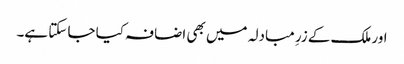
اور ملک کے زرِ مبادلہ میں بھی اضافہ کیا جا سکتا ہے۔